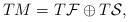
LaTeX: \begin{align*}TM=T\mathcal{F}\oplus T\mathcal{S},\end{align*}